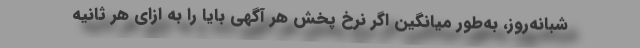
شبانه‌روز، به‌طور میانگین اگر نرخ پخش هر آگهی بایا را به ازای هر ثانیه